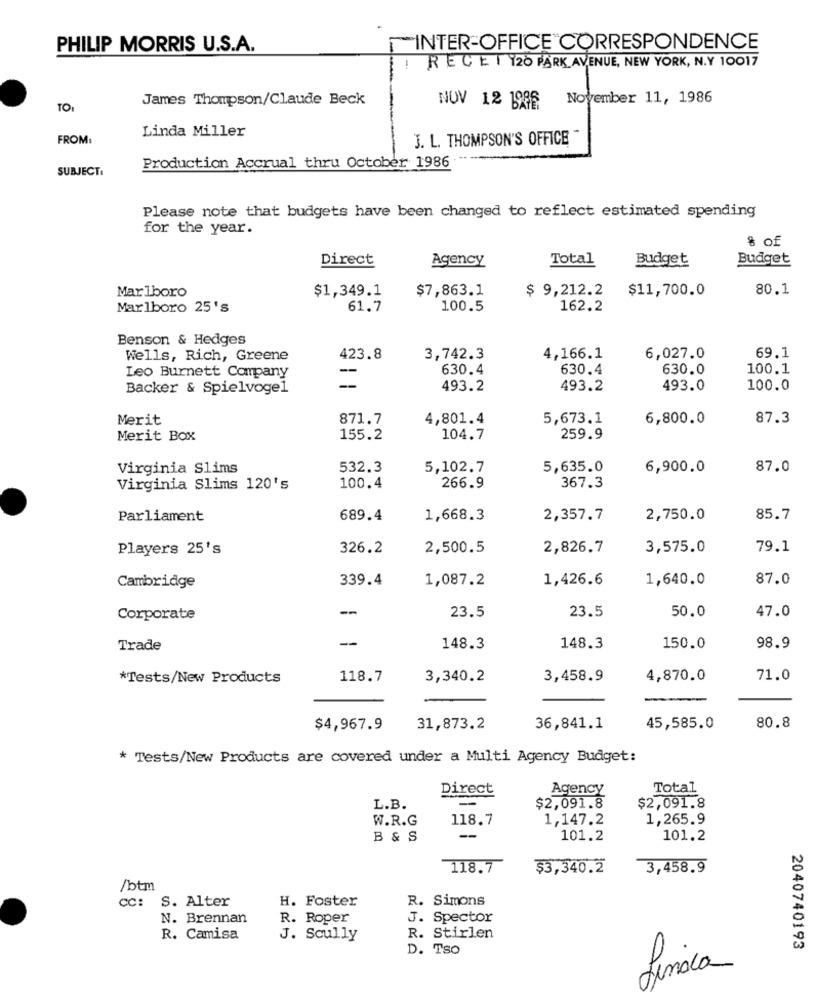
PHILIP MORRIS U.S.A.
INTER-OFFICE"CORRESPONDENCE
RECE 1 120 PARK AVENUE, NEW YORK, N.Y 10017
James Thompson/Claude Beck
November 11, 1986
TOI
NOV 12 1986
Linda Miller
FROM:
J. L. THOMPSON'S OFFICE "
Production Accrual thru October 1986
SUBJECT:
Please note that budgets have been changed to reflect estimated spending
for the year.
% of
Direct
Agency
Total
Budget
Budget
$1,349.1
$7,863.1
$ 9,212.2
$11,700.0
80.1
Marlboro
Marlboro 25's
61.7
100.5
162.2
Benson & Hedges
Wells, Rich, Greene
423.8
3,742.3
4,166.1
6,027.0
69.1
Leo Burnett Company
630.4
630.4
630.0
100.1
-
Backer & Spielvogel
493.2
493.2
493.0
100.0
Merit
871.7
4,801.4
5,673.1
6,800.0
87.3
Merit Box
155.2
104.7
259.9
Virginia Slims
532.3
5,102.7
5,635.0
6,900.0
87.0
Virginia Slims 120's
100.4
266.9
367.3
Parliament
689.4
1,668.3
2,357.7
2,750.0
85.7
Players 25's
326.2
2,500.5
2,826.7
3,575.0
79.1
339.4
1,087.2
1,426.6
1,640.0
87.0
Cambridge
--
23.5
47.0
Corporate
23.5
50.0
-
Trade
148.3
148.3
150.0
98.9
*Tests/New Products
118.7
3,340.2
3,458.9
4,870.0
71.0
80.8
$4,967.9
31,873.2
36,841.1
45,585.0
* Tests/New Products are covered under a Multi Agency Budget:
Direct
Agency
Total
=
L.B.
$2,091.8
$2,091.8
W.R.G
118.7
1,147.2
1,265.9
B & S
-
101.2
101.2
118.7
$3,340.2
3,458.9
/btm
CC: S. Alter
H. Foster
R. Simons
N. Brennan
R. Roper
J. Spector
R. Camisa
J. Scully
R. Stirlen
D. Tso
2040740193
Linica